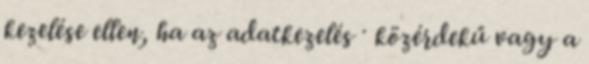
kezelése ellen, ha az adatkezelés · közérdekű vagy a